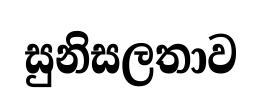
සුනිසලතාව